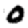
Digit: 0